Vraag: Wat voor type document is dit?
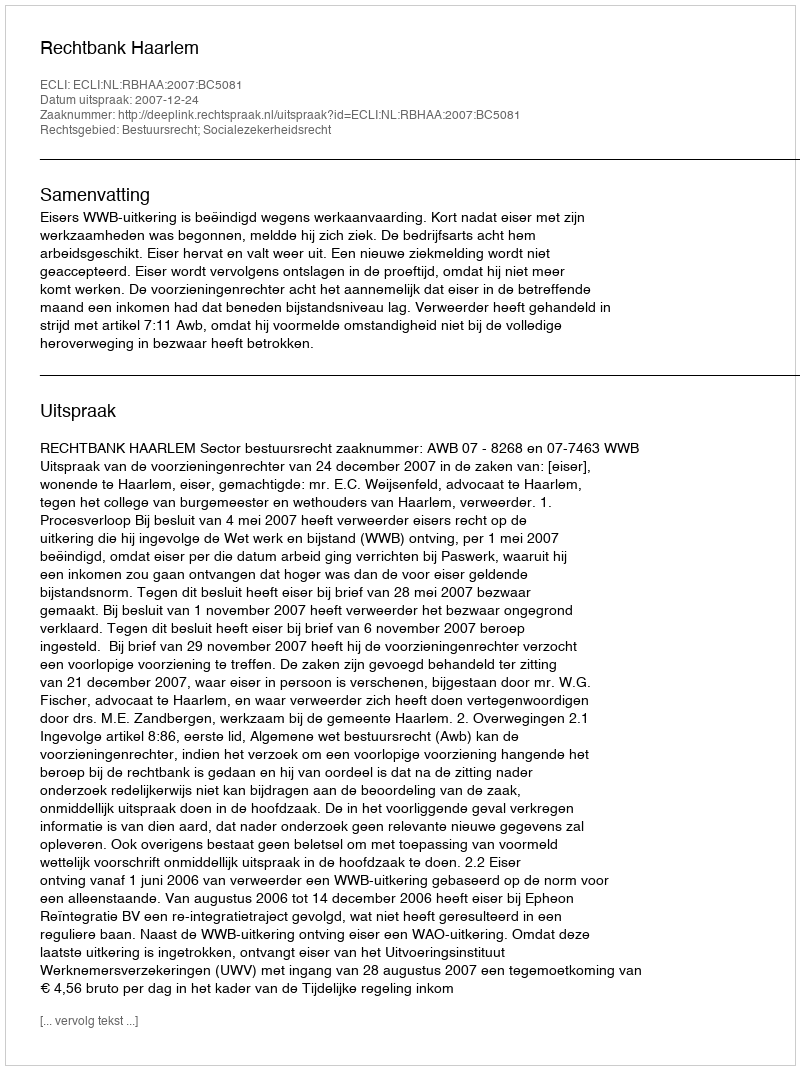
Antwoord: Uitspraak